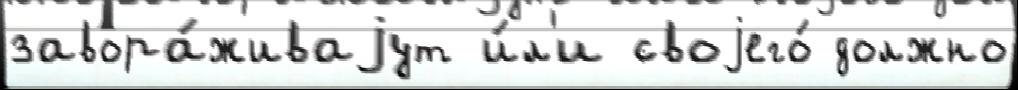
завора́живаjут и́л'и своjего́ должно